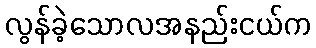
လွန်ခဲ့သောလအနည်းငယ်က